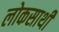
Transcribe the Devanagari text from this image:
लोकसाथी